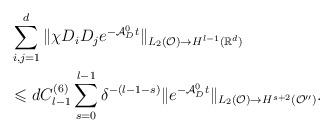
LaTeX: \begin{align*}&\sum_{i,j=1}^d \| \chi D_i D_j e^{-\mathcal{A}_D^0t}\|_{L_2(\mathcal{O})\rightarrow H^{l-1}(\mathbb{R}^d)}\\&\leqslant d C^{(6)}_{l-1}\sum_{s=0}^{l-1} \delta^{-(l-1-s)} \| e^{-\mathcal{A}_D^0t} \|_{L_2(\mathcal{O})\rightarrow H^{s+2}(\mathcal{O}'')}.\end{align*}